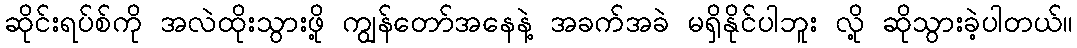
ဆိုင်းရပ်စ်ကို အလဲထိုးသွားဖို့ ကျွန်တော်အနေနဲ့ အခက်အခဲ မရှိနိုင်ပါဘူး လို့ ဆိုသွားခဲ့ပါတယ်။